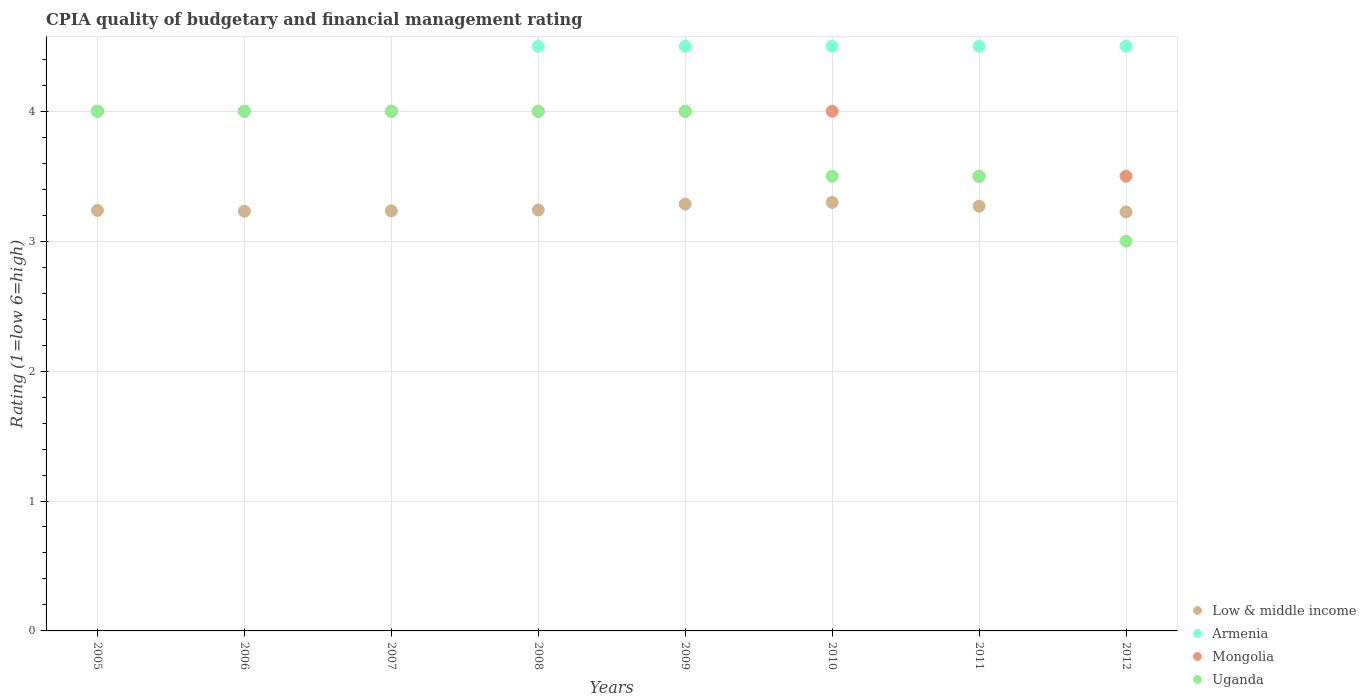
| Years | Low & middle income | Armenia | Mongolia | Uganda |
 | --- | --- | --- | --- | --- |
 | 2005 | 3.24 | 4 | 4 | 4 |
 | 2006 | 3.23 | 4 | 4 | 4 |
 | 2007 | 3.23 | 4 | 4 | 4 |
 | 2008 | 3.24 | 4.5 | 4 | 4 |
 | 2009 | 3.29 | 4.5 | 4 | 4 |
 | 2010 | 3.3 | 4.5 | 4 | 3.5 |
 | 2011 | 3.27 | 4.5 | 3.5 | 3.5 |
 | 2012 | 3.23 | 4.5 | 3.5 | 3 |